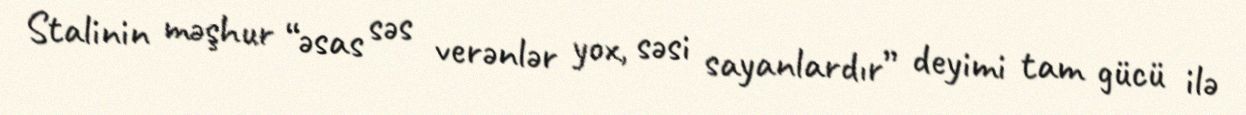
Stalinin məşhur “əsas səs verənlər yox, səsi sayanlardır” deyimi tam gücü ilə